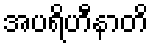
အပရိဟီနာတိ